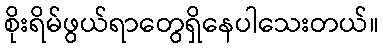
စိုးရိမ်ဖွယ်ရာတွေရှိနေပါသေးတယ်။